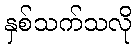
နှစ်သက်သလို